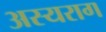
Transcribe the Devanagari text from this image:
अस्यराग